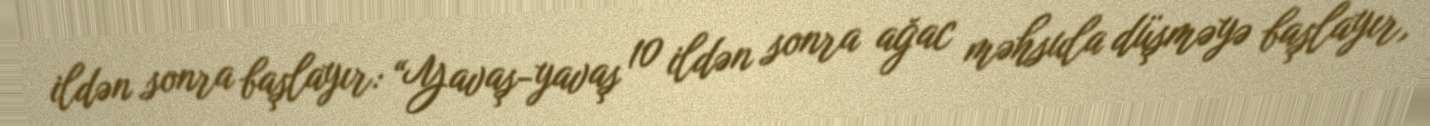
ildən sonra başlayır: “Yavaş-yavaş 10 ildən sonra ağac məhsula düşməyə başlayır,